Civil Veterinary Dept. Bombay admin report 1893-99 - 1893-1899
Year: 1893
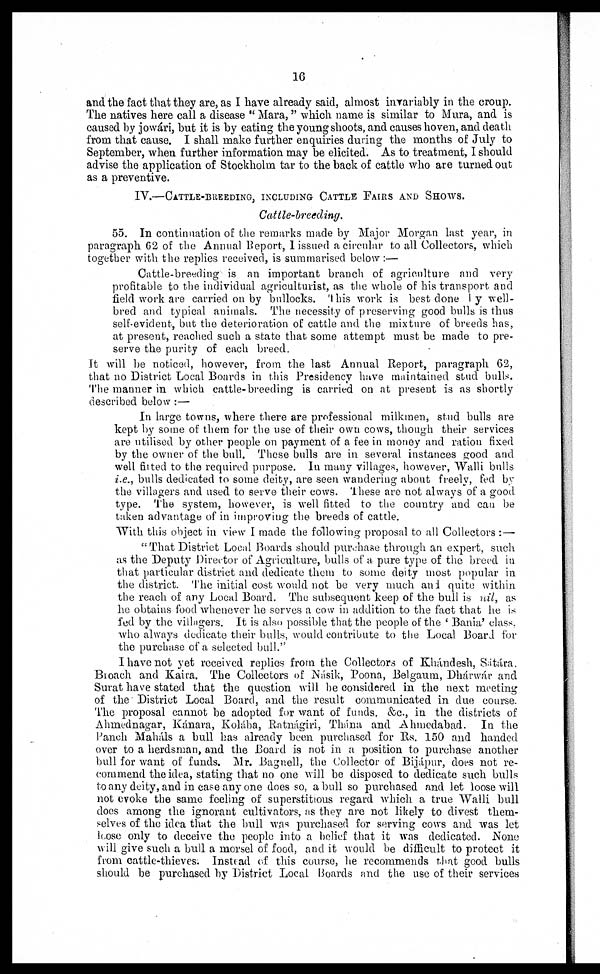
16
and the fact that they are, as I have already said, almost invariably in the croup.
The natives here call a disease "Mara," which name is similar to Mura, and is
caused by jowári, but it is by eating the young shoots, and causes hoven, and death
from that cause. I shall make further enquiries during the months of July to
September, when further information may be elicited. As to treatment, I should
advise the application of Stockholm tar to the back of cattle who are turned out
as a preventive.
IV.—CATTLE-BREEDING, INCLUDING CATTLE PAIRS AND SHOWS.
Cattle-breeding.
55. In continuation of the remarks made by Major Morgan last year, in
paragraph 62 of the Annual Report, I issued a circular to all Collectors, which
together with the replies received, is summarised below:—
Cattle-breeding is an important branch of agriculture and very
profitable to the individual agriculturist, as the whole of his transport and
field work are carried on by bullocks. This work is best done by well-
bred and typical animals. The necessity of preserving good bulls is thus
self-evident, but the deterioration of cattle and the mixture of breeds has,
at present, reached such a state that some attempt must be made to pre-
serve the purity of each breed.
It will be noticed, however, from the last Annual Report, paragraph 62,
that no District Local Boards in this Presidency have maintained stud bulls.
The manner in which cattle-breeding is carried on at present is as shortly
described below:—
In large towns, where there are professional milkmen, stud bulls are
kept by some of them for the use of their own cows, though their services
are utilised by other people on payment of a fee in money and ration fixed
by the owner of the bull. These bulls are in several instances good and
well fitted to the required purpose. In many villages, however, Walli bulls
i.e., bulls dedicated to some deity, are seen wandering about freely, fed by
the villagers and used to serve their cows. These are not always of a good
type. The system, however, is well fitted to the country and can be
taken advantage of in improving the breeds of cattle.
"With this object in view I made the following proposal to all Collectors:—
"That District Local Boards should purchase through an expert, such
as the Deputy Director of Agriculture, bulls of a pure type of the breed in
that particular district and dedicate them to some deity most popular in
the district. The initial cost would not be very much and quite within
the reach of any Local Board. The subsequent keep of the bull is nil, as
he obtains food whenever he serves a cow in addition to the fact that he is
fed by the villagers. It is also possible that the people of the 'Bania' class,
who always dedicate their bulls, would contribute to the Local Board for
the purchase of a selected bull."
I have not yet received replies from the Collectors of Khándesh, Sáitára.
Broach and Kaira. The Collectors of Násik, Poona, Belgaum, Dhárwár and
Surat have stated that the question will be considered in the next meeting
of the District Local Board, and the result communicated in due course.
The proposal cannot be adopted for want of funds, &c., in the districts of
Ahmednagar, Kánara, Kolába, Ratnágiri, Thána and Ahmedabad. In the
Panch Maháls a bull has already been purchased for Rs. 150 and handed
over to a herdsman, and the Board is not in a position to purchase another
bull for want of funds. Mr. Bagnell, the Collector of Bijápur, does not re-
commend the idea, stating that no one will be disposed to dedicate such bulls
to any deity, and in case any one does so, a bull so purchased and let loose will
not evoke the same feeling of superstitious regard which a true Walli bull
does among the ignorant cultivators, as they are not likely to divest them-
selves of the idea that the bull was purchased for serving cows and was let
loose only to deceive the people into a belief that it was dedicated. None
will give such a bull a morsel of food, and it would be difficult to protect it
from cattle-thieves. Instead of this course, he recommends that good bulls
should be purchased by District Local Boards and the use of their services